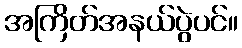
အကြိတ်အနယ်ပွဲပင်။